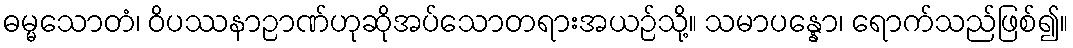
ဓမ္မသောတံ၊ ဝိပဿနာဉာဏ်ဟုဆိုအပ်သောတရားအယဉ်သို့။ သမာပန္နော၊ ရောက်သည်ဖြစ်၍။